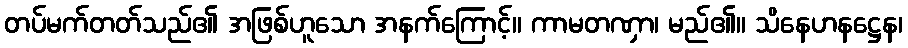
တပ်မက်တတ်သည်၏ အဖြစ်ဟူသော အနက်ကြောင့်။ ကာမတဏှာ၊ မည်၏။ သိနေဟနဋ္ဌေန၊